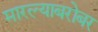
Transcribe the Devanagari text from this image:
मारल्याबरोबर